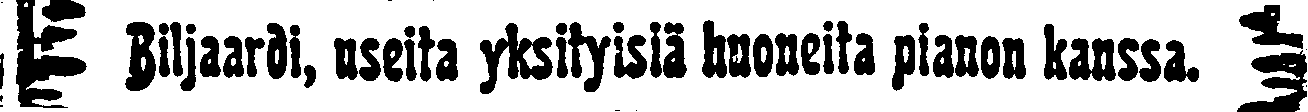
# Biljaardi, useita yksityisiä huoneita pianon kanssa. #